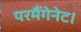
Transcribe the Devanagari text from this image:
परमैंगेनेट।